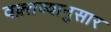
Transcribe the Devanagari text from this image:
वक़्तव्यानुसार